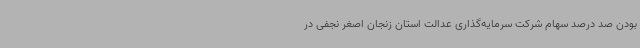
بودن صد درصد سهام شرکت سرمایه‌گذاری عدالت استان زنجان اصغر نجفی در